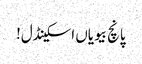
پانچ بیویاں اسکینڈل!